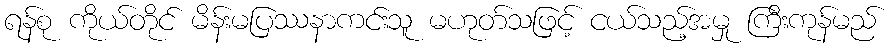
ရန်စု ကိုယ်တိုင် မိန်းမပြဿနာကင်းသူ မဟုတ်သဖြင့် ငယ်သည့်အမှု ကြီးကုန်မည်